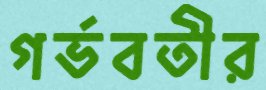
গর্ভবতীর